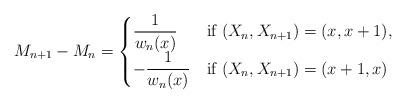
LaTeX: \begin{align*}M_{n+1}-M_n=\begin{cases}\dfrac{1}{w_n(x)} &\mbox{if $(X_n,X_{n+1})=(x,x+1)$}, \\-\dfrac{1}{w_n(x)} &\mbox{if $(X_n,X_{n+1})=(x+1,x)$} \\\end{cases}\end{align*}